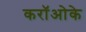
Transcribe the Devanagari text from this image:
करॉओके